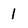
Character: I